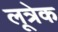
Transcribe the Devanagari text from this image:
लूत्रेक